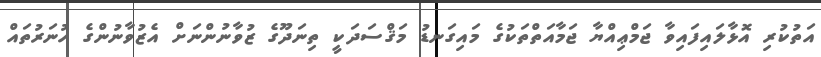
އަތުކުރި އޮޅާލައިފައިވާ ޖަމްޢިއްޔާ ޖަމާއަތްތަކުގެ މައިގަނޑު މަޤްސަދަކީ ތިނަދޫގެ ޒުވާނުންނަށް އެޒުވާނުންގެ ހުނަރުތައް